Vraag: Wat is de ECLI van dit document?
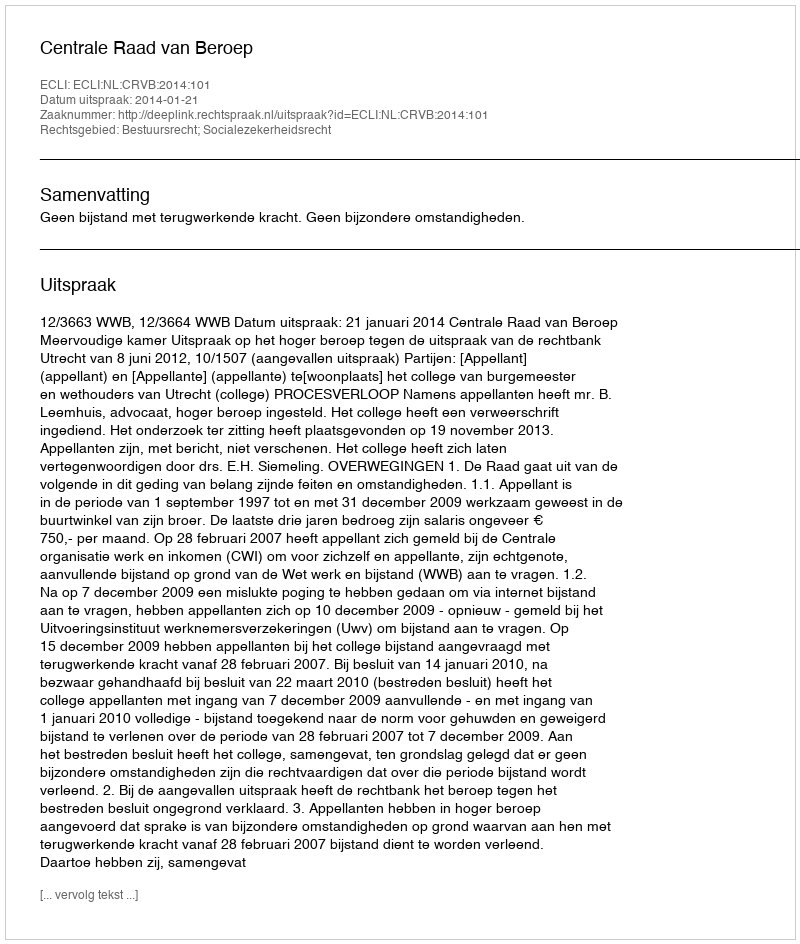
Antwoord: ECLI:NL:CRVB:2014:101